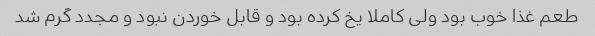
طعم غذا خوب بود ولی کاملا یخ کرده بود و قابل خوردن نبود و مجدد گرم شد